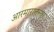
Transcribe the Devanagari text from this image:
आरमारातल्या